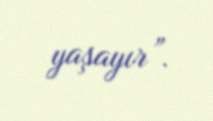
yaşayır”.